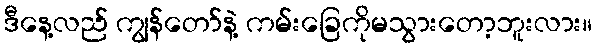
ဒီနေ့လည် ကျွန်တော်နဲ့ ကမ်းခြေကိုမသွားတော့ဘူးလား။